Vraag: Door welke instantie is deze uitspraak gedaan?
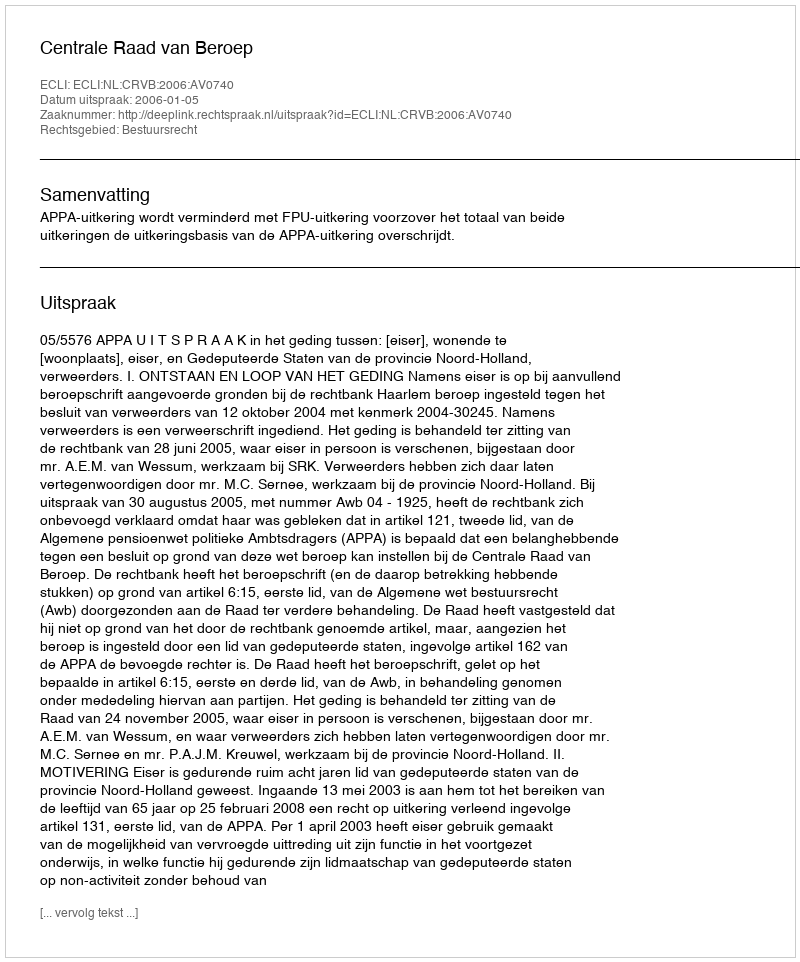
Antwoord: Centrale Raad van Beroep